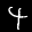
Label: 4